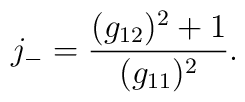
j_- = \frac{(g_{12})^2 + 1}{(g_{11})^2}.